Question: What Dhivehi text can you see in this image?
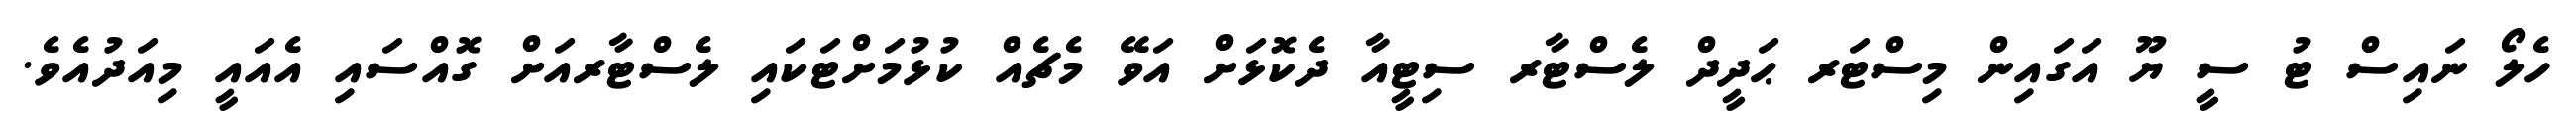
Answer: ހެލޯ ނައިސް ޓު ސީ ޔޫ އަގައިން މިސްޓަރ ޙަދީދް ލެސްޓާރ ސިޓީއާ ދެކޮޅަށް އަވޭ މެޗެއް ކުޅުމަށްޓަކައި ލެސްޓާރއަށް ގޮއްސައި އެއައީ މިއަދުއެވެ.